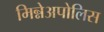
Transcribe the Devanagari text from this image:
मिन्नेअपोलिस